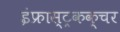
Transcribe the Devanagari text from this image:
इंफ्रास्ट्रकक्चर